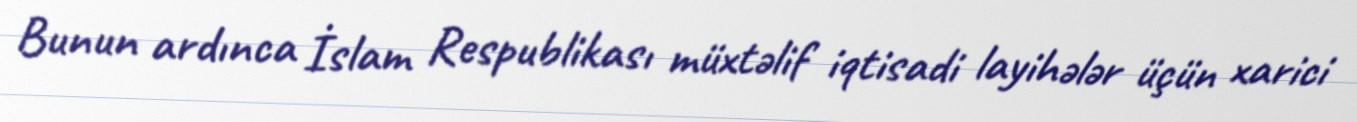
Bunun ardınca İslam Respublikası müxtəlif iqtisadi layihələr üçün xarici